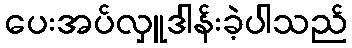
ပေးအပ်လှူဒါန်းခဲ့ပါသည်